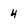
Character: 4